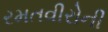
રમતવીરોની